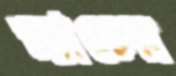
স্ন্যাচের